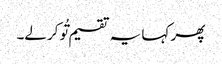
پھر کہا یہ تقسیم تُو کرلے۔